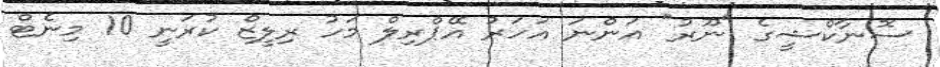
ސޮނާކްޝީގެ "ނޫރު" އަންނަ އަހަރު އޭޕްރިލް މަހު ރިލީޒް ކުރަނީ 10 މިނެޓް